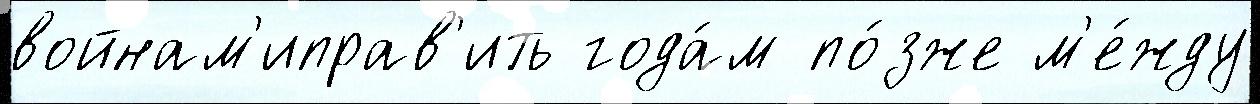
войнам'иправ'ить года́м по́зже м'е́жду